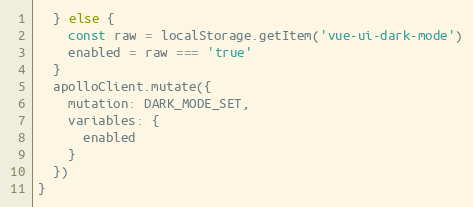
Language: JavaScript
  } else {
    const raw = localStorage.getItem('vue-ui-dark-mode')
    enabled = raw === 'true'
  }
  apolloClient.mutate({
    mutation: DARK_MODE_SET,
    variables: {
      enabled
    }
  })
}